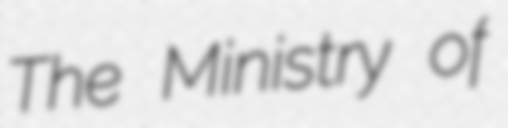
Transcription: The Ministry of